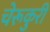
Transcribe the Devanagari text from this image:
चेरूकुरी